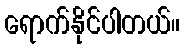
ရောက်နိုင်ပါတယ်။